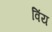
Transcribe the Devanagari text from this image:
विंय